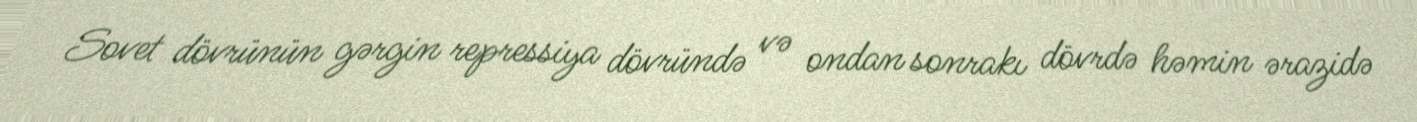
Sovet dövrünün gərgin repressiya dövründə və ondan sonrakı dövrdə həmin ərazidə